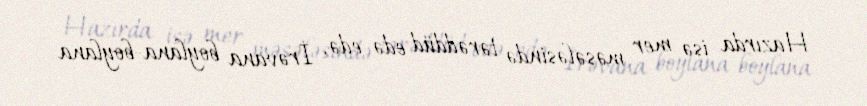
Hazırda isə mer məsələsində tərəddüd edə-edə, İrəvana boylana-boylana